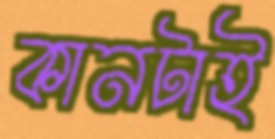
কানটাই